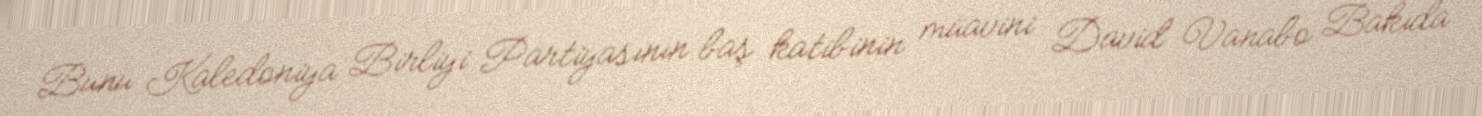
Bunu Kaledoniya Birliyi Partiyasının baş katibinin müavini David Vanabo Bakıda